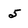
Character: 5